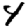
Digit: 4